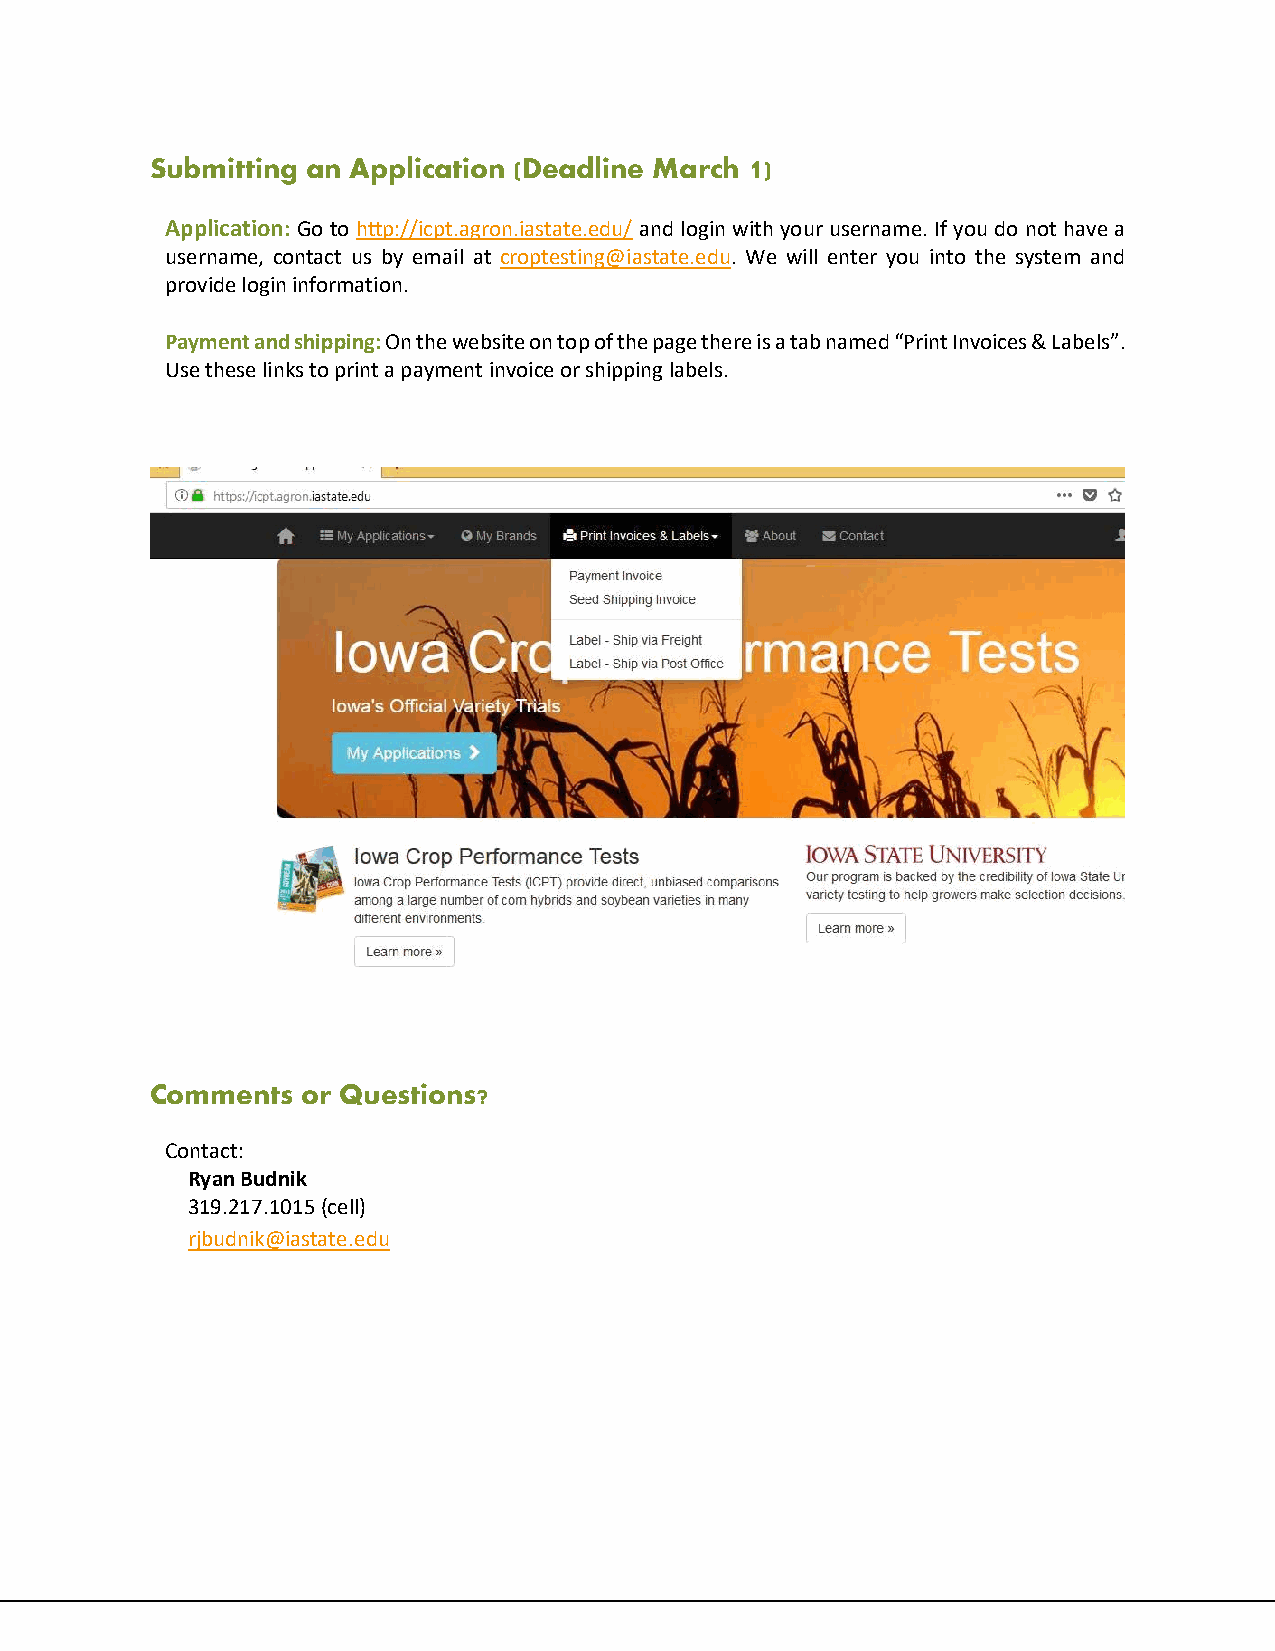
Submitting an Application (Deadline March 1)
 Application: Go to http://icpt.agron.iastate.edu/ and login with your username. If you do not have a
 username, contact us by email at croptesting@iastate.edu. We will enter you into the system and
 provide login information.
 Payment and shipping: On the website on top of the page there is a tab named “Print Invoices & Labels”.
 Use these links to print a payment invoice or shipping labels.
 Comments  or Questions?
 Contact:
 Ryan Budnik
 319.217.1015 (cell)
 rjbudnik@iastate.edu